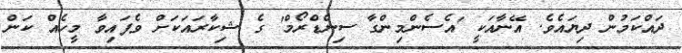
ދައްކަމުން ދިޔައެވެ. އޭނާއަކީ 'އެސެންމިންގާ ސިންޑްރޯމް' ގެ ޝިކާރައަކަށް ވެފައިވާ މީހެއް ކަން